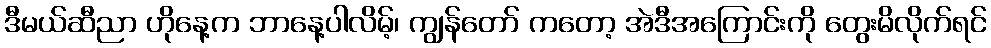
ဒီမယ်ဆီညာ ဟိုနေ့က ဘာနေ့ပါလိမ့်၊ ကျွန်တော် ကတော့ အဲဒီအကြောင်းကို တွေးမိလိုက်ရင်